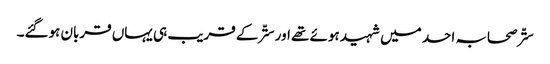
ستّر صحابہ احد میں شہید ہوئے تھے اور ستّر کے قریب ہی یہاں قربان ہوگئے۔